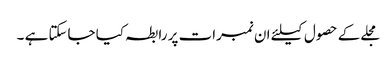
مجلے کے حصول کیلئے ان نمبرات پر رابطہ کیا جاسکتا ہے ۔